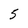
Character: 5